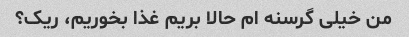
من خیلی گرسنه ام حالا بریم غذا بخوریم، ریک؟